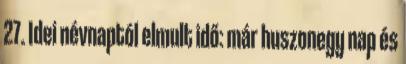
27. Idei névnaptól elmult idő: már huszonegy nap és